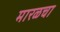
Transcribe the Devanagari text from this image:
मारळचा